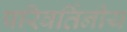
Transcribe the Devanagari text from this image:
परिवर्तिनीय